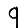
Digit: 9